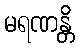
မရဏန္တိ